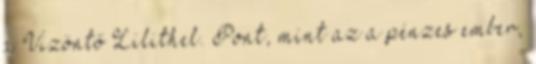
a Vizöntő Lilithel. Pont, mint az a pénzes ember,